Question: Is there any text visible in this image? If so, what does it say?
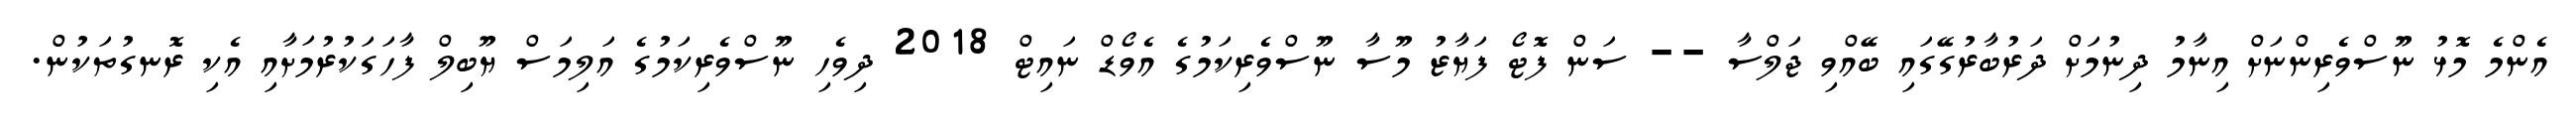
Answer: އެންމެ މޮޅު ނޫސްވެރިންނަށް އިނާމު ދިނުމަށް ދަރުބާރުގޭގައި ބޭއްވި ޖަލްސާ -- ސަން ފޮޓޯ ފަޔާޒު މޫސާ ނޫސްވެރިކަމުގެ އެވޯޑް ނައިޓް 2018 ދިވެހި ނޫސްވެރިކަމުގެ އަލިމަސް ޔޫބިލް ފާހަގަކުރުމަށާއި އެކި ރޮނގުތަކުން.